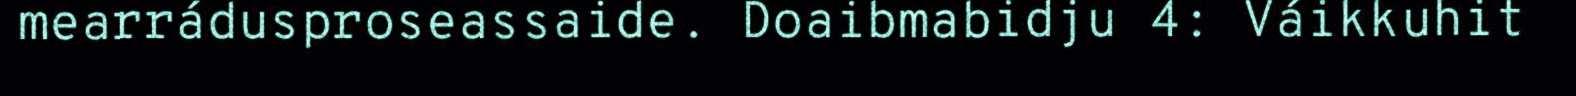
mearrádusproseassaide. Doaibmabidju 4: Váikkuhit